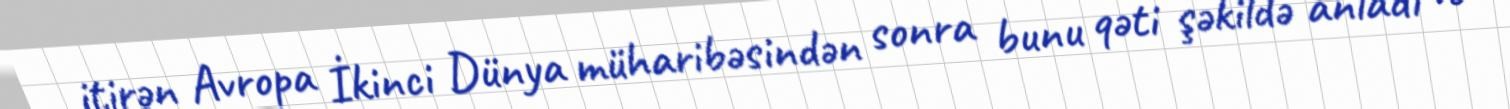
itirən Avropa İkinci Dünya müharibəsindən sonra bunu qəti şəkildə anladı və